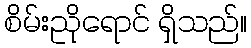
စိမ်းညိုရောင် ရှိသည်။